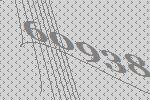
60938